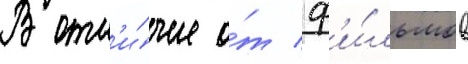
В отл'и́чие о́т ф'и́льмов